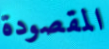
المقصودة